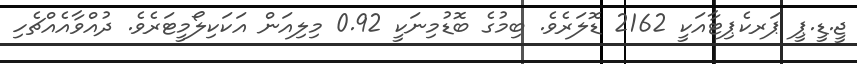
ޖީ.ޑީ.ޕީ ޕަރކެޕިޓާއަކީ 2162 ޑޮލަރެވެ. ބިމުގެ ބޮޑުމިނަކީ 0.92 މިލިއަން އަކަކިލޯމީޓަރެވެ. ދުއްވާއެއްޗެހި